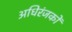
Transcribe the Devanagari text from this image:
अधिरंजकों